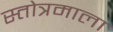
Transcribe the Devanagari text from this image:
स्तोत्रमाला